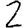
Digit: 2